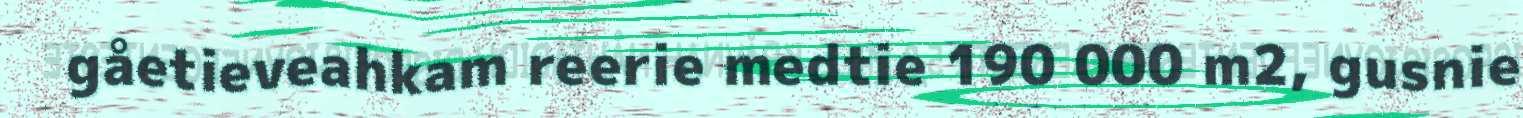
gåetieveahkam reerie medtie 190 000 m2, gusnie